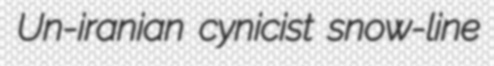
Un-iranian cynicist snow-line